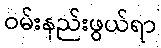
ဝမ်းနည်းဖွယ်ရာ